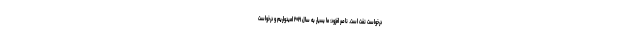
درخواست نفت است. ناصر افزود: ما بسیار به سال ۲۰۲۱ امیدواریم و درخواست